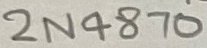
Text: 2N4870